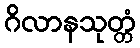
ဂိလာနသုတ္တံ